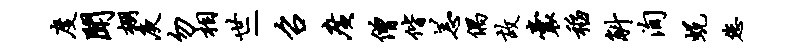
度闻棚庾勿相世-召广僧偕恙偶故囊稻斛洵蜕您